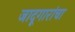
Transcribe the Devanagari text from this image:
जादूगारांचा